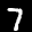
Label: 7